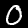
Digit: 0